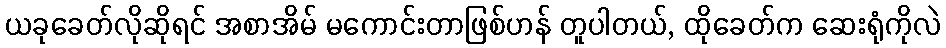
ယခုခေတ်လိုဆိုရင် အစာအိမ် မကောင်းတာဖြစ်ဟန် တူပါတယ်, ထိုခေတ်က ဆေးရုံကိုလဲ